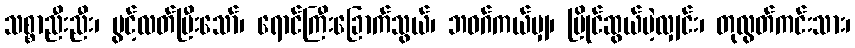
သစ္စာညီးညီး၊ ပွင့်လတ်ပြီးသော်၊ ရောင်ကြီးခြောက်သွယ်၊ ဘဝဂ်ကယ်မျှ၊ ပြိုင်ဆွယ်မဲ့လျှင်း၊ တုလွတ်ကင်းသား၊